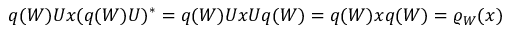
q ( W ) U x ( q ( W ) U ) ^ { * } = q ( W ) U x U q ( W ) = q ( W ) x q ( W ) = \varrho _ { W } ( x )